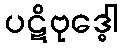
ပဋိဗုဒ္ဓေါ